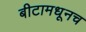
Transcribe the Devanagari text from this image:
बीटामधूनच